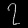
Digit: ၇